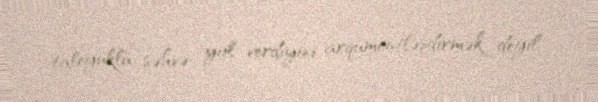
taleyüklü səhvə yol verdiyini arqumentləşdirmək deyil.